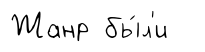
Жанр бы́л'и